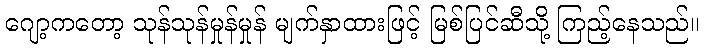
ဂျော့ကတော့ သုန်သုန်မှုန်မှုန် မျက်နှာထားဖြင့် မြစ်ပြင်ဆီသို့ ကြည့်နေသည်။